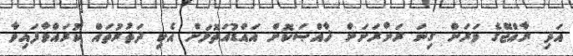
އަދި ރާއްޖޭގެ ވަރަށް ގިނަ ރަށްރަށަށް ޚާއްޞަކޮށް އައްޑުއަތޮޅަށް އެކި ދަތުރުތައް ކުރައްވާފައިވާ